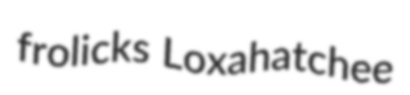
frolicks Loxahatchee